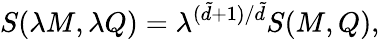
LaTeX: S(\lambda M,\lambda Q)=\lambda^{(\tilde{d}+1)/\tilde{d}}S(M,Q),